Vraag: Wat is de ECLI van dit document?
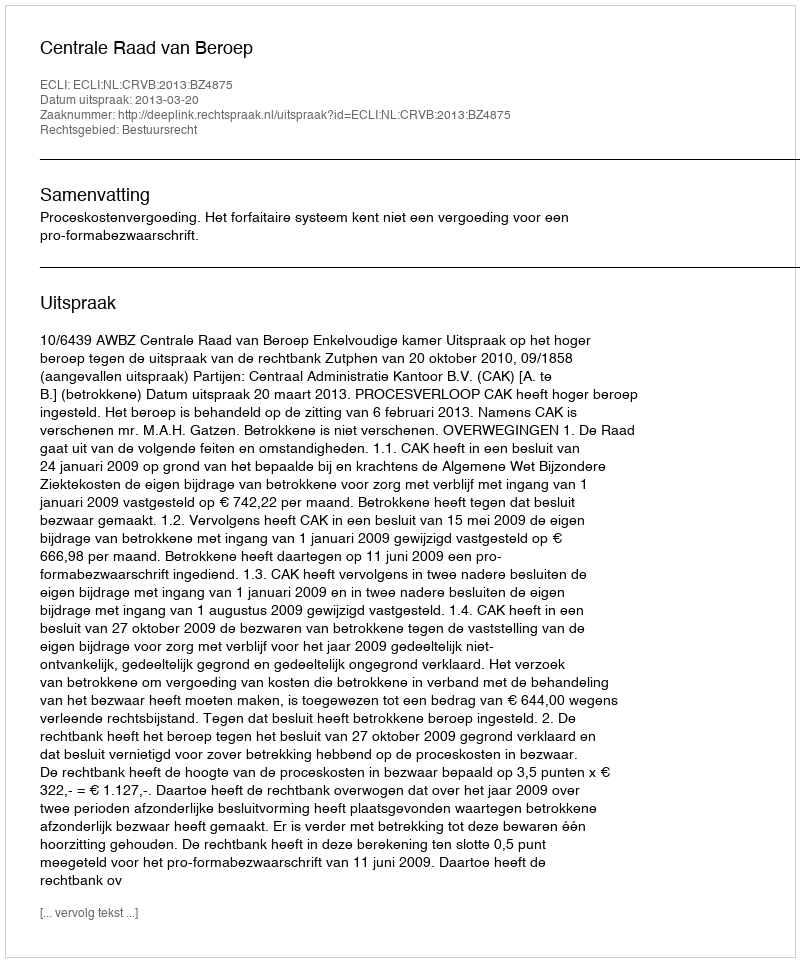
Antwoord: ECLI:NL:CRVB:2013:BZ4875